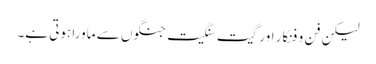
لیکن فن و فنکار اور گیت سنگیت جنگوں سے ماورا ہوتی ہے۔